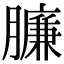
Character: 臁